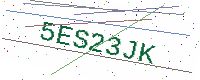
Text: 5ES23JK